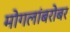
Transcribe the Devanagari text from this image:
मोगलांबरोबर